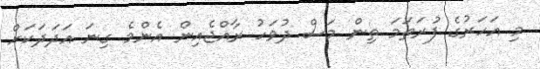
މި އަހަރުގެ ފުރަތަމަ ތިން މަސް ދުވަހު ރާއްޖެއިން އެންމެ ގިނަ އަދަދަކަށް